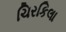
ચિરકિલા